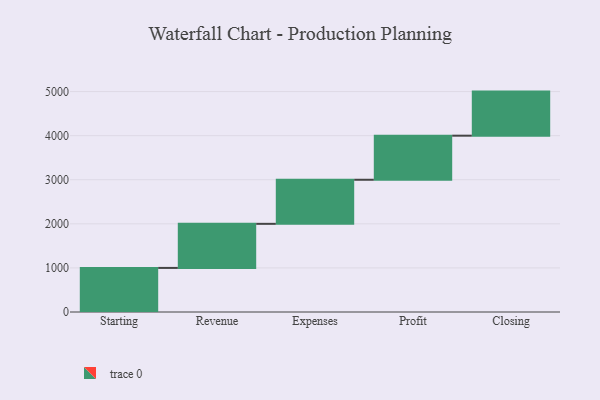
{"axis": {"x": "Step", "y": "Value"}, "legend": [""], "data": [{"x": "Starting", "y": 1000, "type": ""}, {"x": "Revenue", "y": 1000, "type": ""}, {"x": "Expenses", "y": 1000, "type": ""}, {"x": "Profit", "y": 1000, "type": ""}, {"x": "Closing", "y": 1000, "type": ""}]}